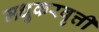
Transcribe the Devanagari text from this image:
मधुकरवृत्ती